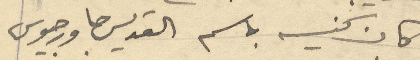
كان كنيسه باسم القديس جاورجيوس